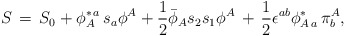
\begin{align*}S \,=\, S_0 + \phi_A^{\ast\,a}\,s_a \phi^A+ {1\over 2} {\bar \phi}_A s_2s_1 \phi^A\,+\,{1\over 2} \epsilon^{ab} \phi_{A\,a}^{\ast}\,\pi^A_b,\end{align*}